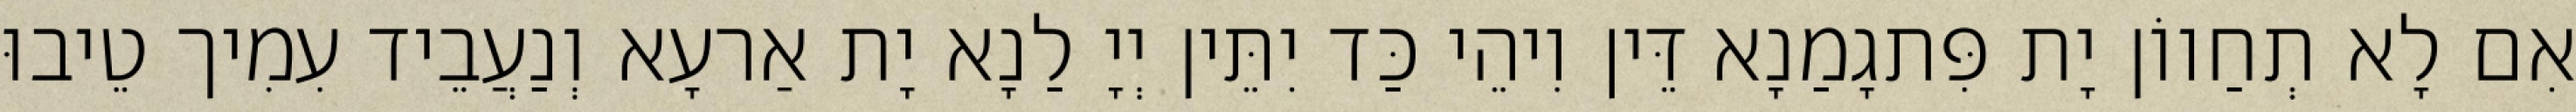
אִם לָא תְחַווֹן יָת פִּתגָמַנָא דֵּין וִיהֵי כַּד יִתֵּין יְיָ לַנָא יָת אַרעָא וְנַעֲבֵיד עִמִיך טֵיבוּ